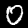
Label: 0